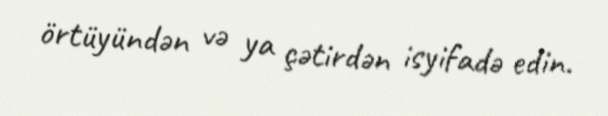
örtüyündən və ya çətirdən isyifadə edin.